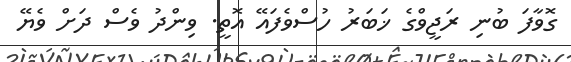
ގޮވާފަ ބުނި ރަޖީވްގެ ޚަބަރު ހުސްވެފައޭ އޮތީ. ވިންދު ވެސް ދަށް ވެޔޭ